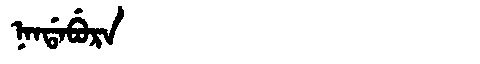
Manchu: ᠨᠠᠨᡩᠠᠪᡠᡵᠠ
Romanization: NANDABURA